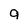
Character: g